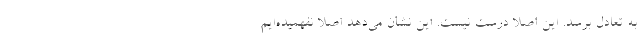
به تعادل برسد. این اصلا درست نیست. این نشان می‌دهد اصلا نفهمیده‌ایم